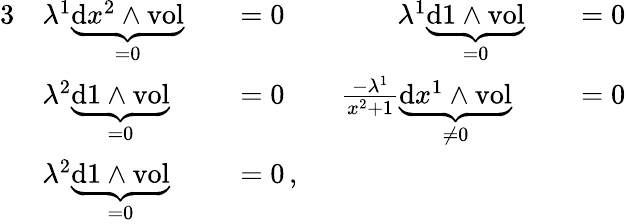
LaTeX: \begin{array}{rlrlrl}{{3}}&{\lambda^{1}\underbrace{\mathrm{d}x^{2}\wedge\mathrm{vol}}_{=0}}&&{=0\qquad\qquad\lambda^{1}\underbrace{\mathrm{d}1\wedge\mathrm{vol}}_{=0}}&&{=0}\\ &{\lambda^{2}\underbrace{\mathrm{d}1\wedge\mathrm{vol}}_{=0}}&&{=0\qquad\frac{-\lambda^{1}}{x^{2}+1}\underbrace{\mathrm{d}x^{1}\wedge\mathrm{vol}}_{\neq 0}}&&{=0}\\ &{\lambda^{2}\underbrace{\mathrm{d}1\wedge\mathrm{vol}}_{=0}}&&{=0\, ,}\end{array}